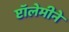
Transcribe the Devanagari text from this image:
प्टॉलेमीने